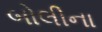
બોલીના